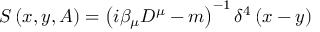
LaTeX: S \left( x , y , A \right) = \left( i \beta _ { \mu } D ^ { \mu } - m \right) ^ { - 1 } \delta ^ { 4 } \left( x - y \right)